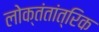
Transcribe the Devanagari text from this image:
लोक्तंतांत्रिक